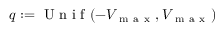
q : = \mathrm { ~ U ~ n ~ i ~ f ~ } ( - V _ { \mathrm { ~ m ~ a ~ x ~ } } , V _ { \mathrm { ~ m ~ a ~ x ~ } } )